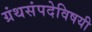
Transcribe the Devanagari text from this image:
ग्रंथसंपदेविषयी